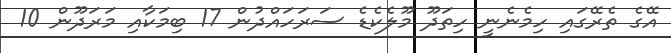
އޭގެ ތެރޭގައި ހިމެނެނީ ހިތަދޫ މޫލެކެޑެ ސަރަހައްދުން 17 ބިމަކާއި މަރަދޫން 10